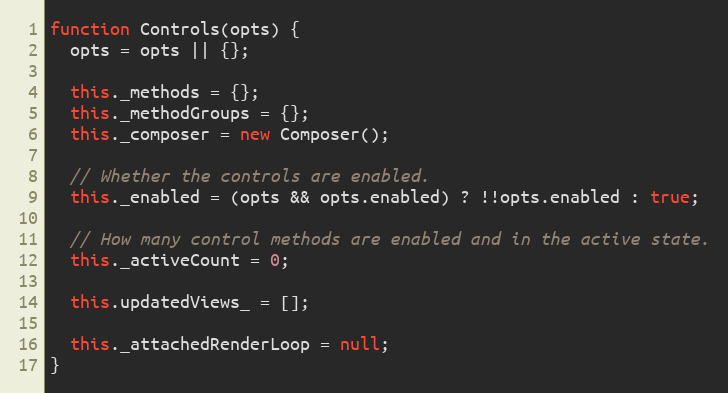
Language: JavaScript
function Controls(opts) {
  opts = opts || {};

  this._methods = {};
  this._methodGroups = {};
  this._composer = new Composer();

  // Whether the controls are enabled.
  this._enabled = (opts && opts.enabled) ? !!opts.enabled : true;

  // How many control methods are enabled and in the active state.
  this._activeCount = 0;

  this.updatedViews_ = [];

  this._attachedRenderLoop = null;
}